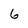
Character: 6